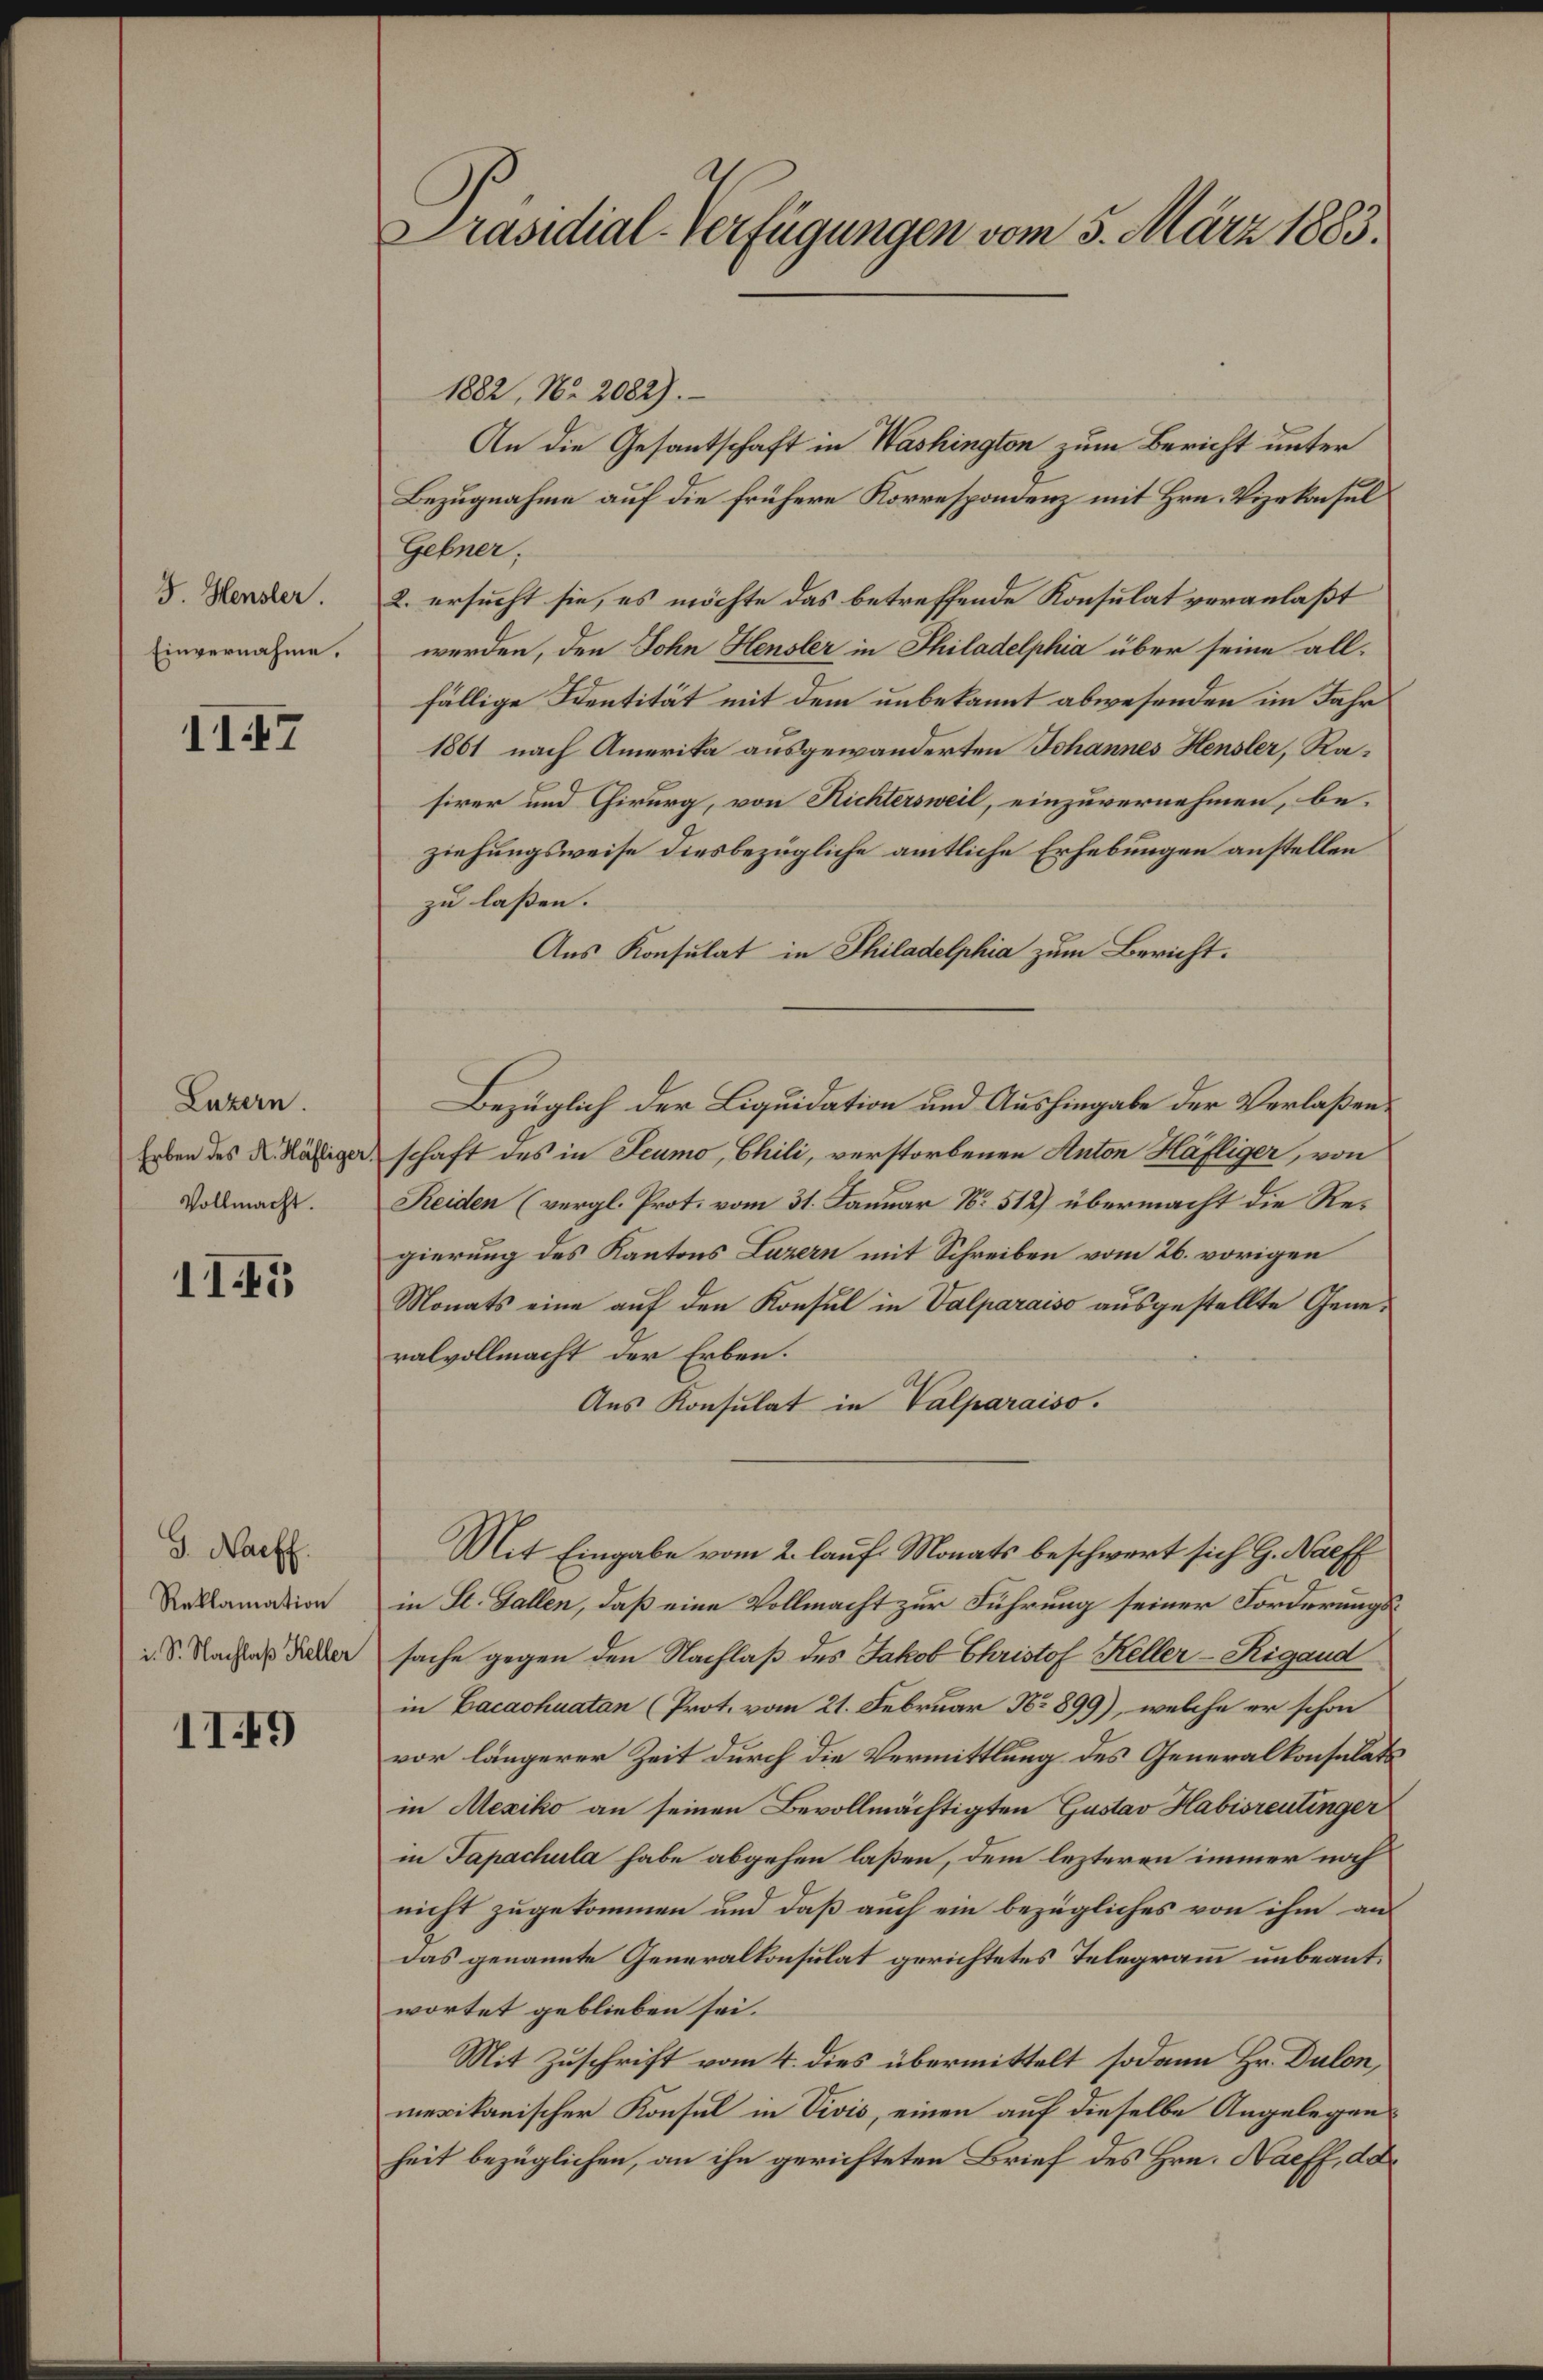
J. Heusler.
Einvernahme.

II7

Luzern.
Erben des K. Häfliger
Vollmacht.

11.5

G. Nachf
Reklamation
i. S. Nachlaß Keller

11.19

Präsidial-Verfügungen vom 5. März 1883.

1882, No. 2082).
An die Gesantschaft in Washington zum Bericht unter
Bezugnahme auf die frühere Korrespondenz mit Hrn. Vizekonsul
Gebner;
2. ersucht sie, es möchte das betreffende Konsulat veranlaßt
werden, den John Heusler in Philadelphia über seine allfällige Sentität mit dem unbekannt abwesenden im Jahr
1861 nach Amerika ausgewanderten Johannes Hensler, Rasirer und Chirurg, von Richtersweil, einzuvernehmen, be-
ziehungsweise diesbezügliche amtliche Erhebungen anstellen
zu lassen. |
Aus Konsulat in Philadelphia zum Bericht.
Bezüglich der Liquidation und Aushingabe der Verlaßenschaft des in Seumo, Chili, verstorbenen Anton Häfliger, von
Reiden (vergl. Prot. vom 31. Januar No 512) übermacht die Regierung des Kantons Luzern mit Schreiben vom 26. vorigen
Monats eine auf den Konsul in Valparaiso ausgestellte Generalvollmacht der Erben.
Aus Konsulat in Valparaiso.
Mit Eingabe vom 2. lauf Monats beschwert sich G. Nalff
in St. Gallen, daß eine Vollmacht zur Führung seiner Forderungssache gegen den Nachlaß des Jakob Christof Keller-Rigand
in Bacashuatan (Prot. vom 21. Februar No 899), welche er schon
vor längerer Zeit durch die Vermittlung des Generalkonsulatsin Mexiko an seinen Bevollmächtigten Gustav Habisrentinger
in Tapachula habe abgehen laßen, dem lezteren immer noch
nicht zugekommen und daß auch ein bezügliches von ihm an
das genannte Generalkonsulat gerichtetes Telegramm unbeantwortet geblieben sei.
Mit Zuschrift vom 4. dies übermittelt sodann Hr. Dulon,
mexikanischer Konsul in Vivis, einen auf dieselbe Angelegen
heit bezüglichen, an ihn gerichteten Brief des Hrn. Naeff, da¬